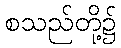
စသည်တို့၌